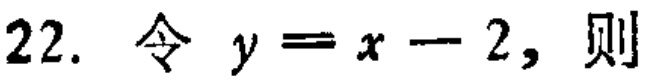
22. 令 \(y = x - 2\)，则